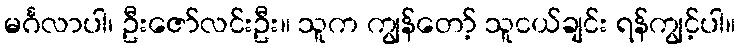
မင်္ဂလာပါ၊ ဦးဇော်လင်းဦး။ သူက ကျွန်တော့် သူငယ်ချင်း ရန်ကျွင့်ပါ။